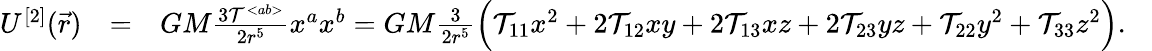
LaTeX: \begin{array}{rlr}{U^{[2]}(\vec{r})}&{=}&{GM\frac{3{\cal T}^{<ab>}}{2r^{5}}x^{a}x^{b}=GM\frac{3}{2r^{5}}\Big({\cal T}_{11}x^{2}+2{\cal T}_{12}xy+2{\cal T}_{13}xz+2{\cal T}_{23}yz+{\cal T}_{22}y^{2}+{\cal T}_{33}z^{2}\Big).~~~}\end{array}